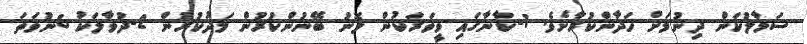
ސަމާލުކަން ދިނުމަށް ހަދާންކުރާށެވެ. 1-ކާނާގައި ވީވަރަކުން ލޮނު ބޭނުންކުރުން މަދުކުރުން 2-ދުވާލަކު 6ނުވަތަ